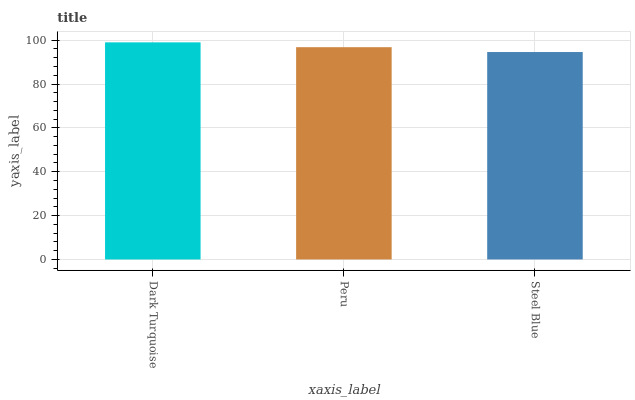
| xaxis_label | bars |
 | --- | --- |
 | Dark Turquoise | 99 |
 | Peru | 96.8 |
 | Steel Blue | 94.6 |